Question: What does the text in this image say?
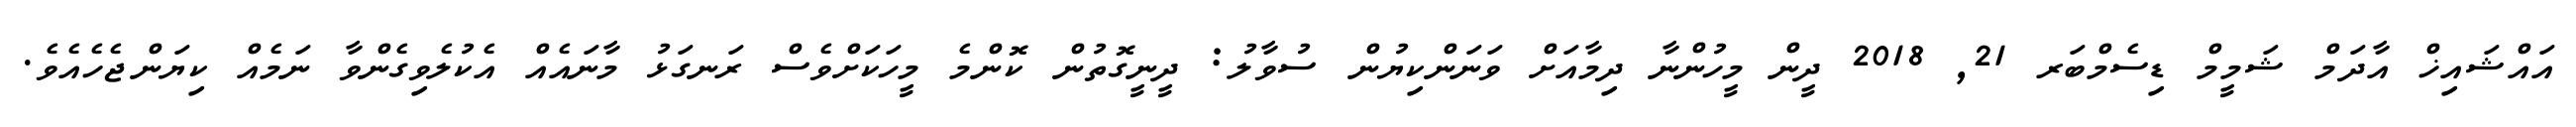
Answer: އައްޝައިޚް އާދަމް ޝަމީމް ޑިސެމްބަރ 21, 2018 ދީން މީހުންނާ ދިމާއަށް ވަނަންކިޔުން ސުވާލު: ދީނީގޮތުން ކޮންމެ މީހަކަށްވެސް ރަނގަޅު މާނައެއް އެކުލެވިގެންވާ ނަމެއް ކިޔަންޖެހެއެވެ.